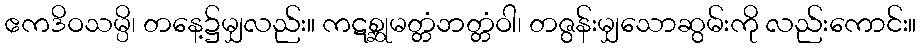
ဧကဒိဝသမ္ပိ၊ တနေ့၌မျှလည်း။ ကဋစ္ဆုမတ္တံဘတ္တံဝါ၊ တဇွန်းမျှသောဆွမ်းကို လည်းကောင်း။